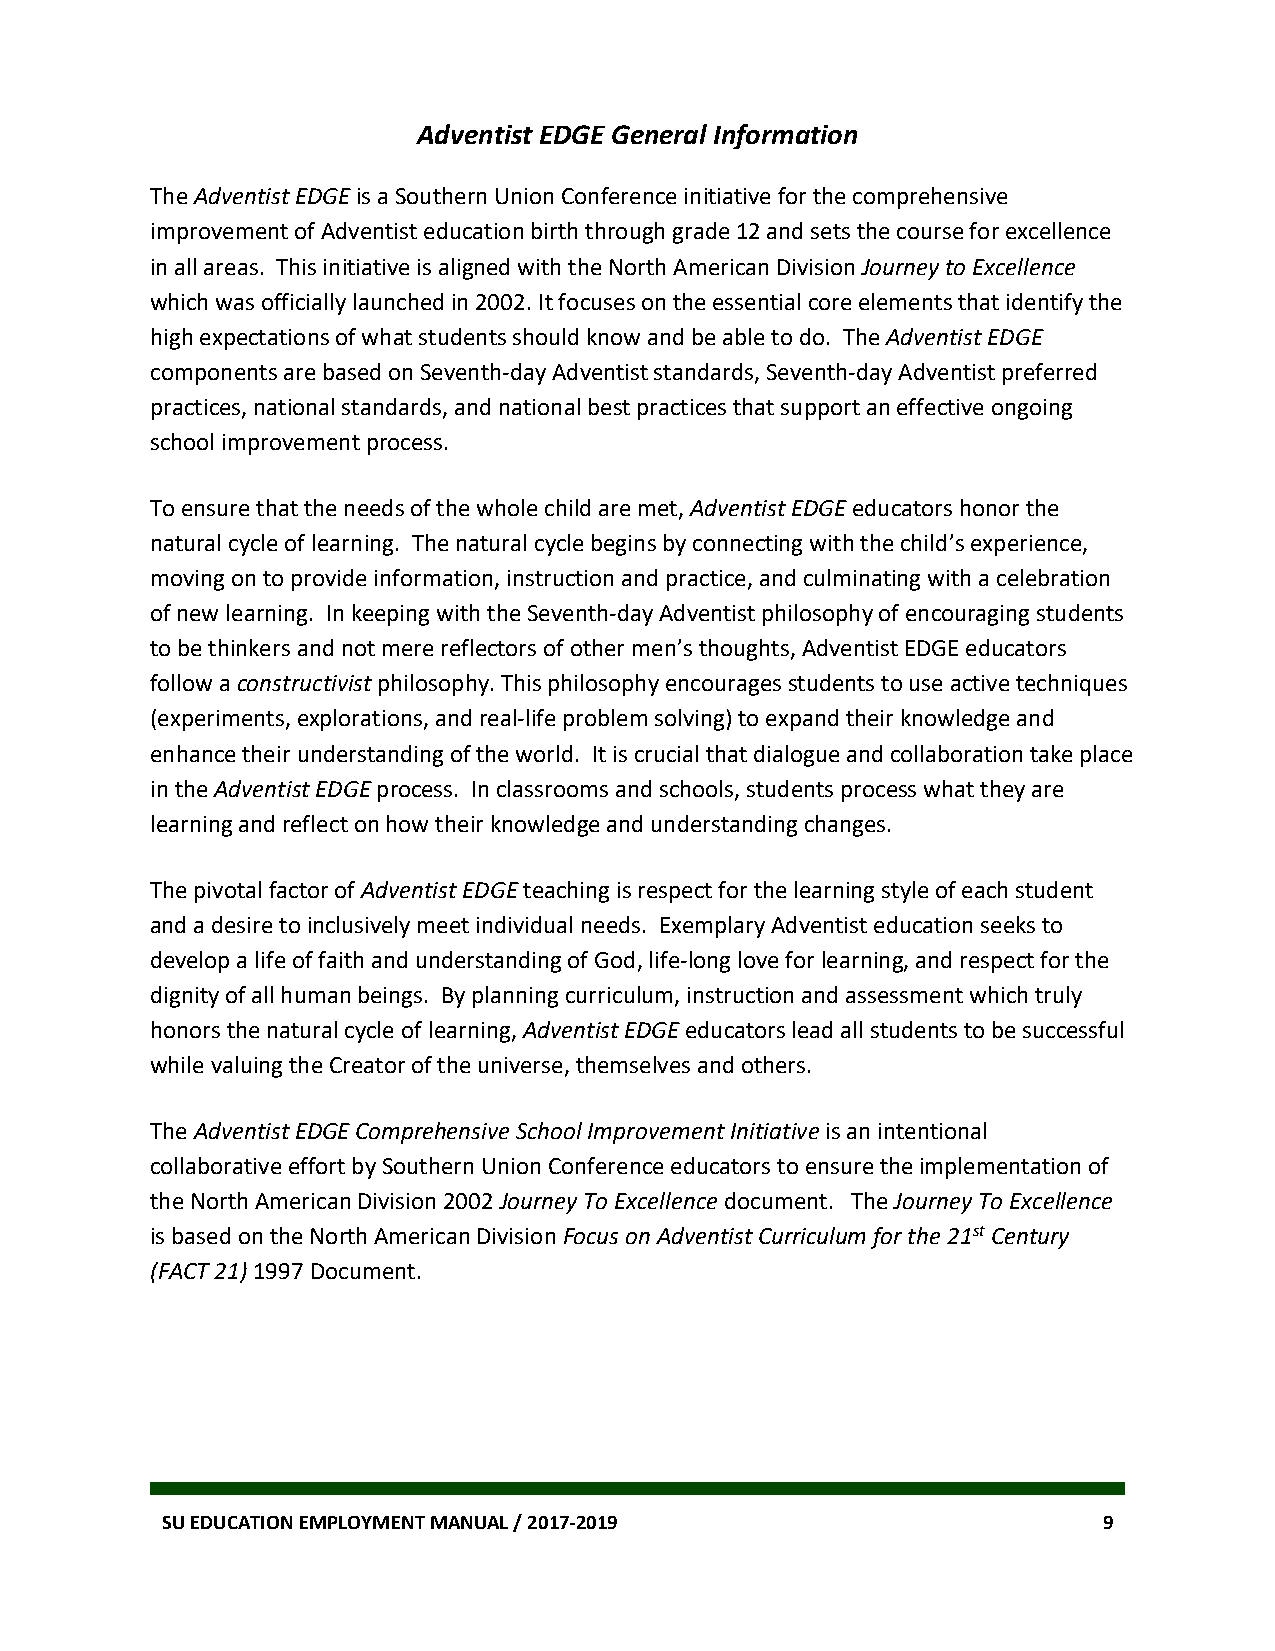
Adventist EDGE General Information
 The Adventist EDGE is a Southern Union Conference initiative for the comprehensive
 improvement of Adventist education birth through grade 12 and sets the course for excellence
 in all areas. This initiative is aligned with the North American Division Journey to Excellence
 which was officially launched in 2002. It focuses on the essential core elements that identify the
 high expectations of what students should know and be able to do. The Adventist EDGE
 components are based on Seventh-day Adventist standards, Seventh-day Adventist preferred
 practices, national standards, and national best practices that support an effective ongoing
 school improvement process.
 To ensure that the needs of the whole child are met, Adventist EDGE educators honor the
 natural cycle of learning. The natural cycle begins by connecting with the child’s experience,
 moving on to provide information, instruction and practice, and culminating with a celebration
 of new learning. In keeping with the Seventh-day Adventist philosophy of encouraging students
 to be thinkers and not mere reflectors of other men’s thoughts, Adventist EDGE educators
 follow a constructivist philosophy. This philosophy encourages students to use active techniques
 (experiments, explorations, and real-life problem solving) to expand their knowledge and
 enhance their understanding of the world. It is crucial that dialogue and collaboration take place
 in the Adventist EDGE process. In classrooms and schools, students process what they are
 learning and reflect on how their knowledge and understanding changes.
 The pivotal factor of Adventist EDGE teaching is respect for the learning style of each student
 and a desire to inclusively meet individual needs. Exemplary Adventist education seeks to
 develop a life of faith and understanding of God, life-long love for learning, and respect for the
 dignity of all human beings. By planning curriculum, instruction and assessment which truly
 honors the natural cycle of learning, Adventist EDGE educators lead all students to be successful
 while valuing the Creator of the universe, themselves and others.
 The Adventist EDGE Comprehensive School Improvement Initiative is an intentional
 collaborative effort by Southern Union Conference educators to ensure the implementation of
 the North American Division 2002 Journey To Excellence document. The Journey To Excellence
 is based on the North American Division Focus on Adventist Curriculum for the 21st Century
 (FACT 21) 1997 Document.
 SU EDUCATION EMPLOYMENT MANUAL / 2017-2019                    9